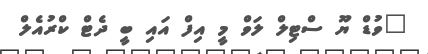
"ވުޑް ޔޫ ސްޓިލް ލަވް މީ އިފް އައި ބީ ދެޓް ކްރުއެލް